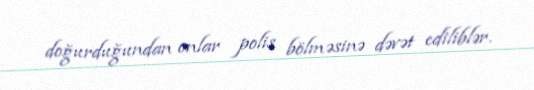
doğurduğundan onlar polis bölməsinə dəvət ediliblər.